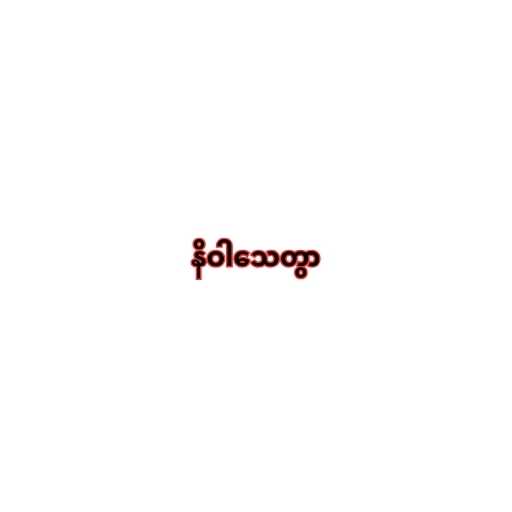
နိဝါသေတွာ